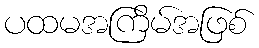
ပထမအကြိမ်အဖြစ်